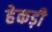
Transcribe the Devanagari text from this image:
हेकड़ी